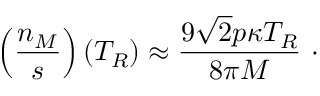
\left( \frac { n _ { M } } { s } \right) ( T _ { R } ) \approx \frac { 9 \sqrt { 2 } p \kappa T _ { R } } { 8 \pi M } ~ \cdot